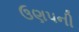
ઉણપની